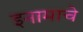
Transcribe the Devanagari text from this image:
इनामाचे